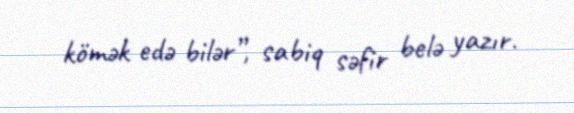
kömək edə bilər”, sabiq səfir belə yazır.